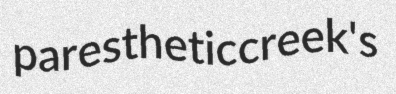
paresthetic creek's